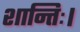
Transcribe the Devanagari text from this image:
शान्तिः।